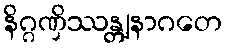
နိဂ္ဂဏှိဿန္တျနာဂတေ